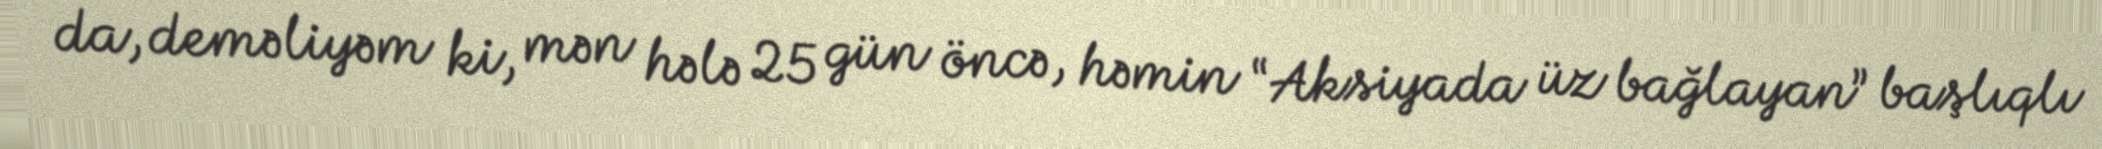
da, deməliyəm ki, mən hələ 25 gün öncə, həmin “Aksiyada üz bağlayan” başlıqlı